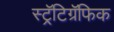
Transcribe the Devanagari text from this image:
स्ट्रॅटिग्रॅफिक